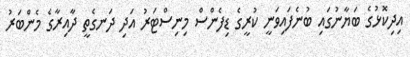
އިދިކޮޅުގެ ބަޔާނުގައި ބުނެފައިވަނީ ކުރީގެ ޑިފެންސް މިނިސްޓަރު އަދި ދަނގެތީ ދާއިރާގެ މެންބަރު